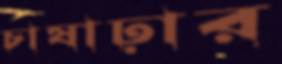
চাষাঢ়ার